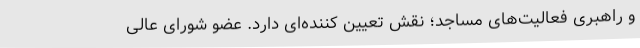
و راهبری فعالیت‌های مساجد؛ نقش تعیین کننده‌ای دارد. عضو شورای عالی